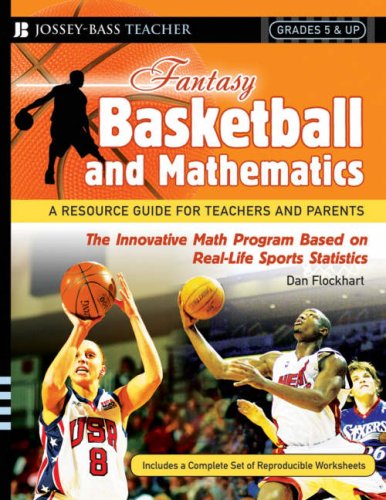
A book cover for Fantasy Basketball and Mathematics: A Resource Guide for Teachers and Parents, Grades 5 and Up; Dan Flockhart; Humor & Entertainment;